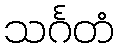
သင်္ဂတံ